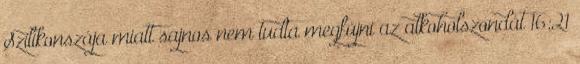
Szilikonszája miatt sajnos nem tudta megfújni az alkoholszondát 16:21